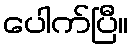
ပေါက်ပြီ။